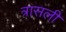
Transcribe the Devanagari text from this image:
त्रासली